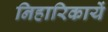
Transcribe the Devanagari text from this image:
निहारिकायें